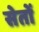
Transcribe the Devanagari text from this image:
सेतों